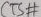
Text: CTS#